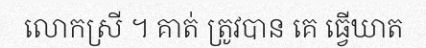
លោកស្រី ។ គាត់ ត្រូវបាន គេ ធ្វើឃាត